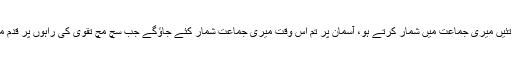
جو اپنے تئیں میری جماعت میں شمار کرتے ہو، آسمان پر تم اُس وقت میری جماعت شمار کئے جاؤگے جب سچ مچ تقویٰ کی راہوں پر قدم مارو گے۔